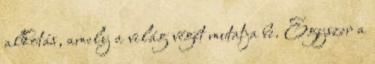
alkotás, amely a világ végét mutatja be. Egyszer a